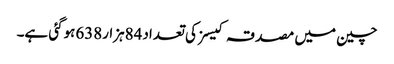
چین میں مصدقہ کیسز کی تعداد84ہزار638ہوگئی ہے۔